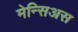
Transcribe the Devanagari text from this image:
मेन्सिअस